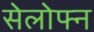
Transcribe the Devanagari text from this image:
सेलोफ्न